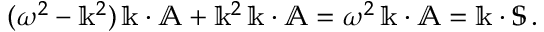
( \omega ^ { 2 } - \mathbb { k } ^ { 2 } ) \, \mathbb { k } \cdot \mathbb { A } + \mathbb { k } ^ { 2 } \, \mathbb { k } \cdot \mathbb { A } = \omega ^ { 2 } \, \mathbb { k } \cdot \mathbb { A } = \mathbb { k } \cdot \mathbb { S } \, .